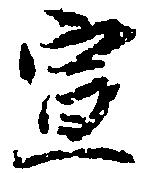
宣